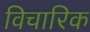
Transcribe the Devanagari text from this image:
विचारिक